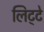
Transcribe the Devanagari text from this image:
लिट्‍टे